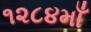
૧૨૮૪માઁ